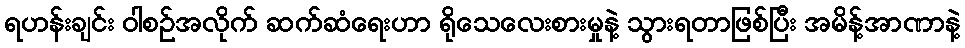
ရဟန်းချင်း ဝါစဉ်အလိုက် ဆက်ဆံရေးဟာ ရိုသေလေးစားမှုနဲ့ သွားရတာဖြစ်ပြီး အမိန့်အာဏာနဲ့